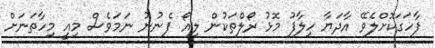
ފާހަގަކޮށްލެވޭ އާދަޔާ ހިލާފު މޮޅު ރޯލްތަކުން ލިއޯ ފެނުނު ނަމަވެސް މިއީ މިހާތަނަށް